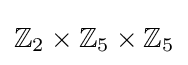
\mathbb {Z} _{2}\times \mathbb {Z} _{5}\times \mathbb {Z} _{5}